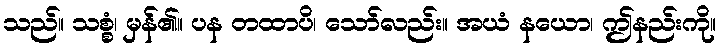
သည်။ သစ္စံ၊ မှန်၏။ ပန တထာပိ၊ သော်လည်း။ အယံ နယော၊ ဤနည်းကို။